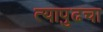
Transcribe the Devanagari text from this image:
त्यापुढचा